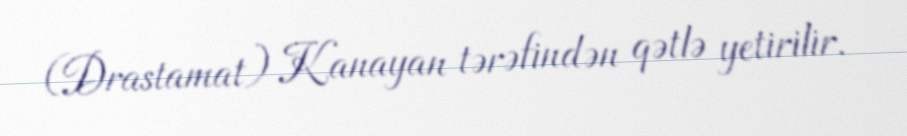
(Drastamat) Kanayan tərəfindən qətlə yetirilir.